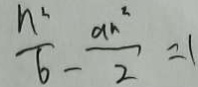
\frac { n ^ { 2 } } { 6 } - \frac { a n ^ { 2 } } { 2 } = 1